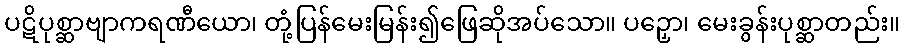
ပဋိပုစ္ဆာဗျာကရဏီယော၊ တုံ့ပြန်မေးမြန်း၍ဖြေဆိုအပ်သော။ ပဉှော၊ မေးခွန်းပုစ္ဆာတည်း။